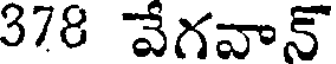
378 వేగవాన్